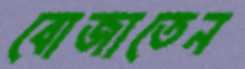
বোজাতেন